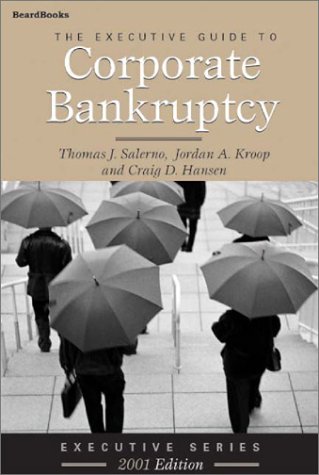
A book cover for The Executive Guide to Corporate Bankruptcy; Thomas J. Salerno; Law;